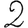
Digit: 2